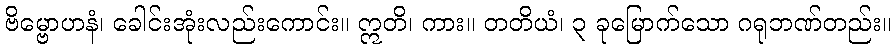
ဗိမ္ဗောဟနံ၊ ခေါင်းအုံးလည်းကောင်း။ ဣတိ၊ ကား။ တတိယံ၊ ၃ ခုမြောက်သော ဂရုဘဏ်တည်း။